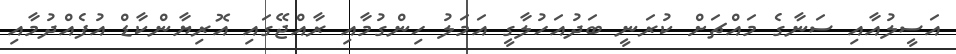
އަސީލުއާއި ސަނާގެ މައްޗަށް ކުރަނީ ބަދުއަހުލާގީ އަމަލު ހިންގުމާއި ރާއްޖޭގައި އޮރިޔާންކާޑް އުފެއްދުމާއި